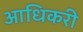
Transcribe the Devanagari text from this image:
आधिकरी